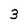
Character: 3